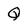
Character: Q